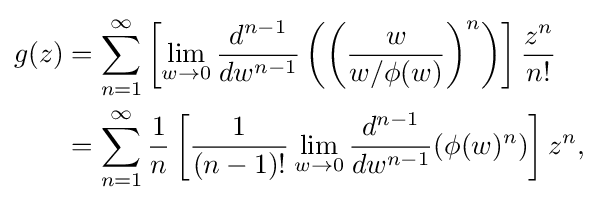
{\begin{aligned}g(z)&=\sum _{n=1}^{\infty }\left[\lim _{w\to 0}{\frac {d^{n-1}}{dw^{n-1}}}\left(\left({\frac {w}{w/\phi (w)}}\right)^{n}\right)\right]{\frac {z^{n}}{n!}}\\{}&=\sum _{n=1}^{\infty }{\frac {1}{n}}\left[{\frac {1}{(n-1)!}}\lim _{w\to 0}{\frac {d^{n-1}}{dw^{n-1}}}(\phi (w)^{n})\right]z^{n},\end{aligned}}